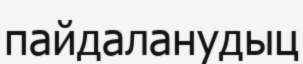
пайдаланудыц